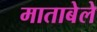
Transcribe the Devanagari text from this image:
माताबेले